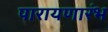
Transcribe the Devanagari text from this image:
पारायणारंभ